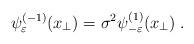
LaTeX: \begin{align*}\psi _{\varepsilon }^{(-1)}(x_{\perp })=\sigma ^{2}\psi _{-\varepsilon}^{(1)}(x_{\perp })\;. \end{align*}